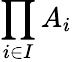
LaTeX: \prod_{i\in I}A_{i}